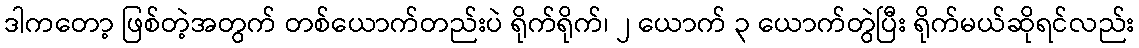
ဒါကတော့ ဖြစ်တဲ့အတွက် တစ်ယောက်တည်းပဲ ရိုက်ရိုက်၊ ၂ ယောက် ၃ ယောက်တွဲပြီး ရိုက်မယ်ဆိုရင်လည်း